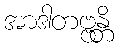
အာဒါတဗ္ဗန္တိ